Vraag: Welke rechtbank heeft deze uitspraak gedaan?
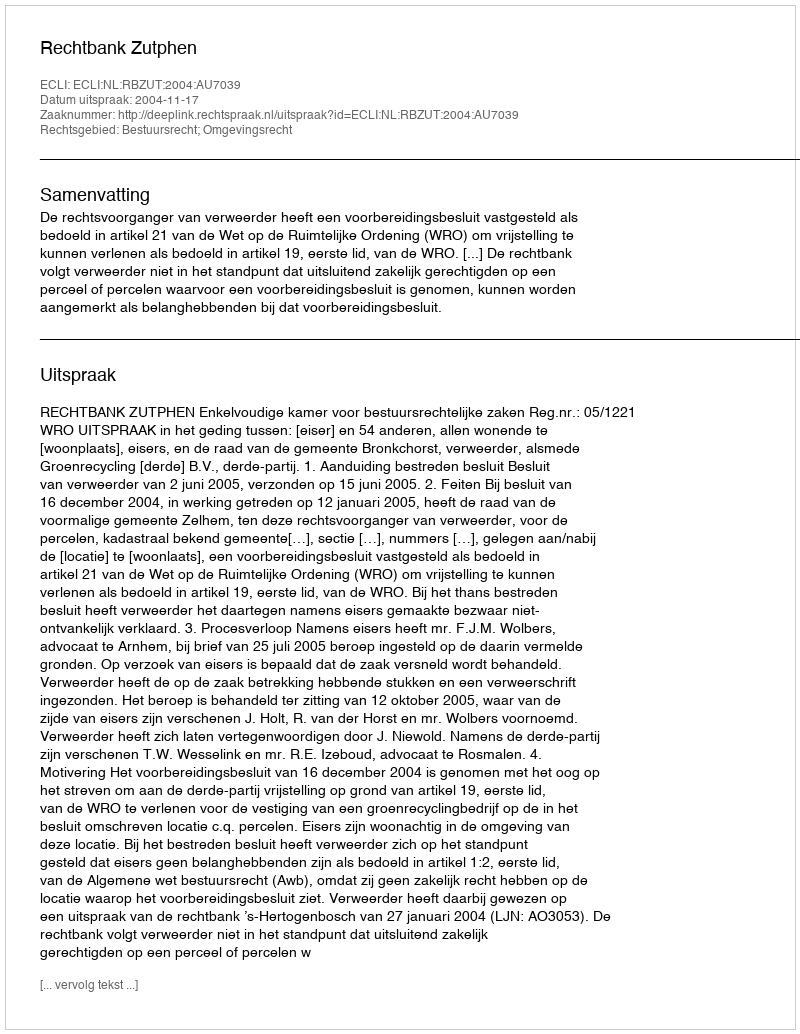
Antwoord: Rechtbank Zutphen